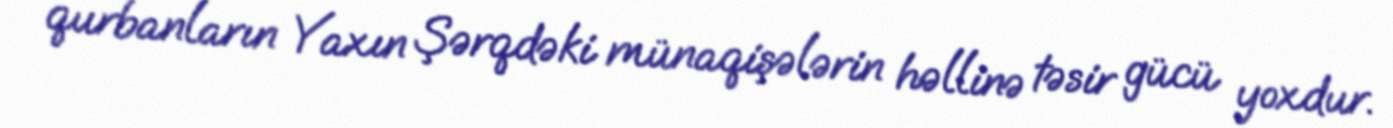
qurbanların Yaxın Şərqdəki münaqişələrin həllinə təsir gücü yoxdur.